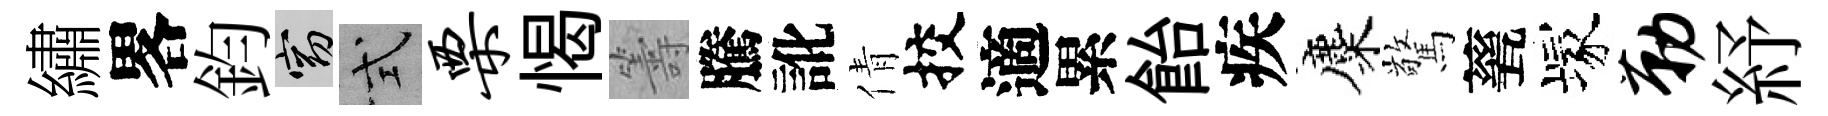
繡畧鈞窈式栗愒籌騰訛倩挍適累飴疾麋驚甆塚勒紓